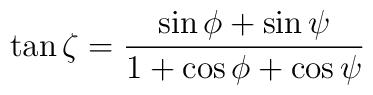
\tan\zeta=\frac{\sin\phi+\sin\psi}{1+\cos\phi+\cos\psi}